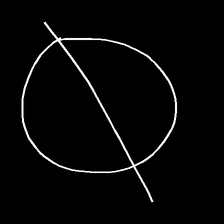
Glyph: orb